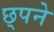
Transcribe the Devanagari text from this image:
छ्पने